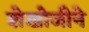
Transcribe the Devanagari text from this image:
शेखोजीने